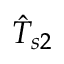
\hat { T } _ { s 2 }